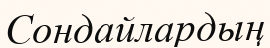
Сондайлардың